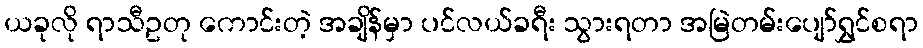
ယခုလို ရာသီဥတု ကောင်းတဲ့ အချိန်မှာ ပင်လယ်ခရီး သွားရတာ အမြဲတမ်းပျော်ရွှင်စရာ